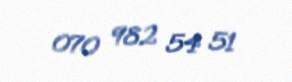
070 982 54 51